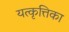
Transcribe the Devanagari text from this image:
यत्कृत्तिका